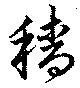
穡